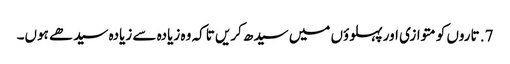
7. تاروں کو متوازی اور پہلوؤں میں سیدھ کریں تاکہ وہ زیادہ سے زیادہ سیدھے ہوں۔